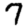
Digit: 7